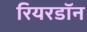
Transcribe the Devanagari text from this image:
रियरडॉन